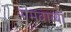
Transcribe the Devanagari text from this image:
गमवाव्या